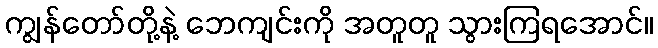
ကျွန်တော်တို့နဲ့ ဘေကျင်းကို အတူတူ သွားကြရအောင်။